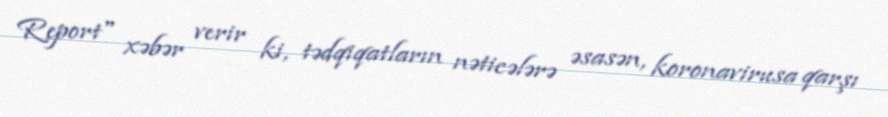
Report" xəbər verir ki, tədqiqatların nəticələrə əsasən, koronavirusa qarşı